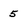
Character: 5